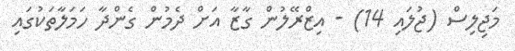
މަޖިލިސް (ޖުލައި 14) - އިޒްރޭލުން ގާޒާ އަށް ދެމުން ގެންދާ ހަމަލާތަކުގައި